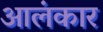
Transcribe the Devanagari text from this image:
आलंकार